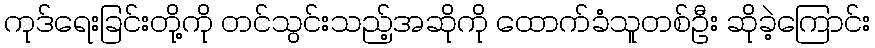
ကုဒ်ရေးခြင်းတို့ကို တင်သွင်းသည့်အဆိုကို ထောက်ခံသူတစ်ဦး ဆိုခဲ့ကြောင်း